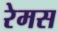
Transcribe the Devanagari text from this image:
रेमस